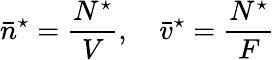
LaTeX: \bar{n}^{\star}=\frac{N^{\star}}{V},\quad\bar{v}^{\star}=\frac{N^{\star}}{F}